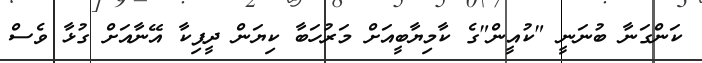
ކަންގަނާ ބުނަނީ "ކުއީން"ގެ ކާމިޔާބީއަށް މަރުހަބާ ކިޔަން ދީޕިކާ އޭނާއަށް ގުޅާ ވެސް